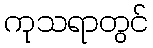
ကုသရာတွင်